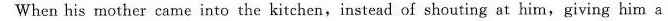
When his mother came into the kitchen,instead of shouting at him,giving him a